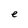
Character: e